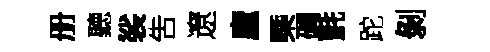
册聽裟吿遼廬㮣磵氈跎剝